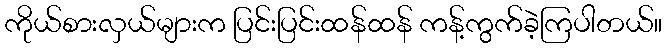
ကိုယ်စားလှယ်များက ပြင်းပြင်းထန်ထန် ကန့်ကွက်ခဲ့ကြပါတယ်။